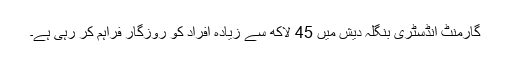
گارمنٹ انڈسٹری بنگلہ دیش میں 45 لاکھ سے زیادہ افراد کو روزگار فراہم کر رہی ہے۔